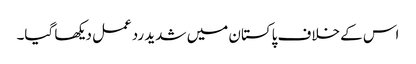
اس کے خلاف پاکستان میں شدید ردعمل دیکھا گیا۔